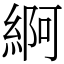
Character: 䋪